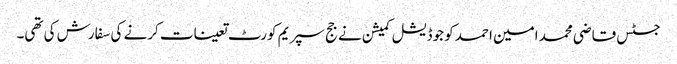
جسٹس قاضی محمد امین احمد کو جوڈیشل کمیشن نے جج سپریم کورٹ تعینات کرنے کی سفارش کی تھی۔